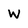
Character: W